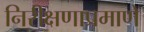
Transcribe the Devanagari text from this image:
निरीक्षणाप्रमाणे